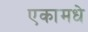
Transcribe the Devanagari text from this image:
एकामधे